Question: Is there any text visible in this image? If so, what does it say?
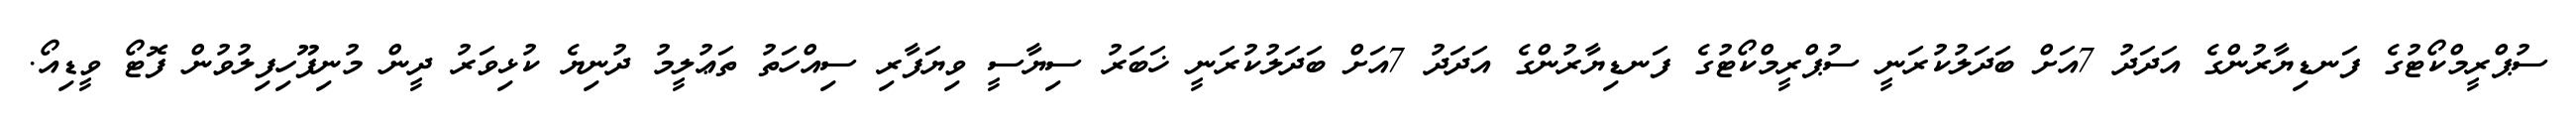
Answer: ސުޕްރީމްކޯޓުގެ ފަނޑިޔާރުންގެ އަދަދު 7އަށް ބަދަލުކުރަނީ ސުޕްރީމްކޯޓުގެ ފަނޑިޔާރުންގެ އަދަދު 7އަށް ބަދަލުކުރަނީ ޚަބަރު ސިޔާސީ ވިޔަފާރި ސިއްހަތު ތަޢުލީމު ދުނިޔެ ކުޅިވަރު ދީން މުނިފޫހިފިލުވުން ފޮޓޯ ވީޑިއޯ.